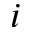
i